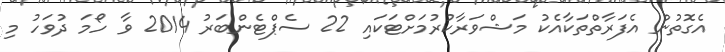
އެގޮތުން އެފަރާތްތަކާއެކު މަޝްވަރާކުރުމަށްޓަކައި 22 ސެޕްޓެންބަރު 2014 ވާ ހޯމަ ދުވަހު މި